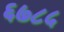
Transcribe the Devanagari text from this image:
६७८५